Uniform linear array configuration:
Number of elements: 24
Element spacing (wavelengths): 0.25
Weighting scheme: cosine
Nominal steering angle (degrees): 30
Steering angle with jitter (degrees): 28.719
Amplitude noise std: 0.05
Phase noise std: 0.05

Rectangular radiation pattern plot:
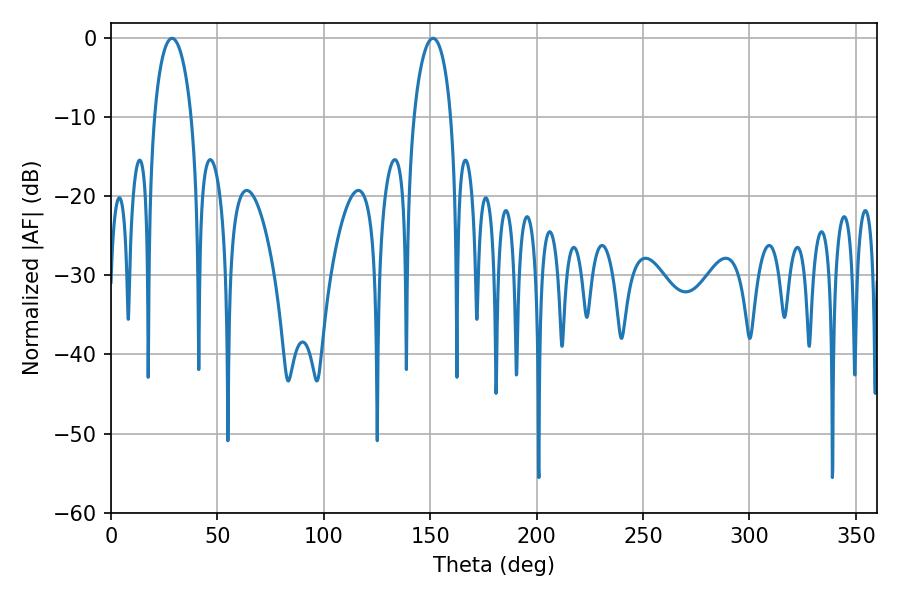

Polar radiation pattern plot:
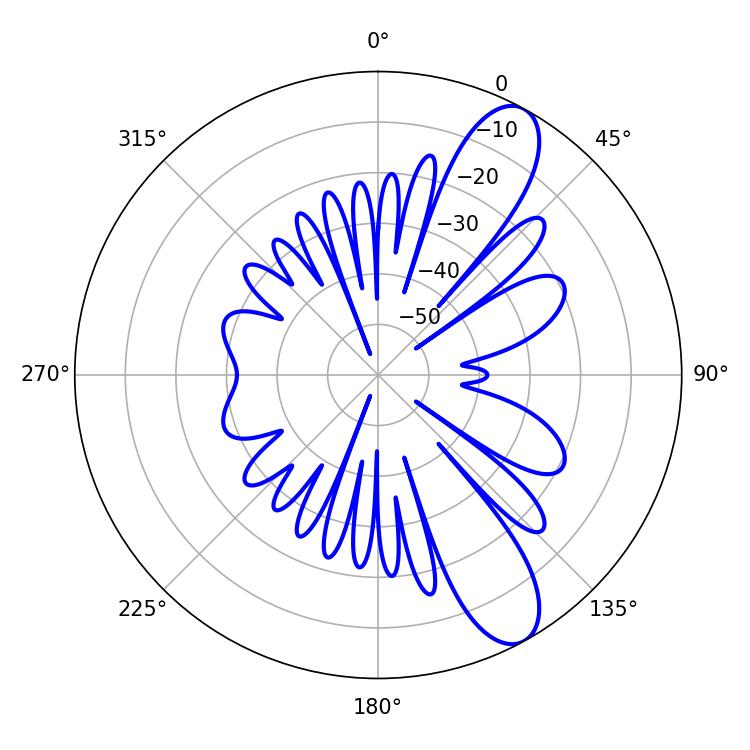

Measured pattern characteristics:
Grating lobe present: FALSE
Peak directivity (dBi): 10.382
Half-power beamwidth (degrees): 10.08
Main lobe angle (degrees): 28.62